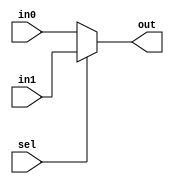
module Mux2 (input sel, input [31:0] in0, input [31:0] in1, output [31:0] out);
     assign out = sel ? in1 : in0;
endmodule // Mux2